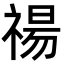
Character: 禓